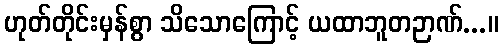
ဟုတ်တိုင်းမှန်စွာ သိသောကြောင့် ယထာဘူတဉာဏ်...။